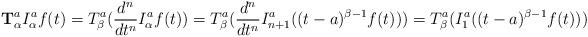
LaTeX: \begin{align*}\textbf{T}_\alpha^a I_\alpha ^a f(t)= T_\beta ^a (\frac{d^n}{dt^n}I_\alpha ^a f(t))=T_\beta ^a (\frac{d^n}{dt^n} I_{n+1} ^a ((t-a)^{\beta-1}f(t) ))=T_\beta ^a ( I_{1} ^a ( (t-a)^{\beta-1}f(t)))\end{align*}